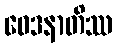
ဝေဒနာတိဿ